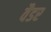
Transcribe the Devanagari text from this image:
वैडर